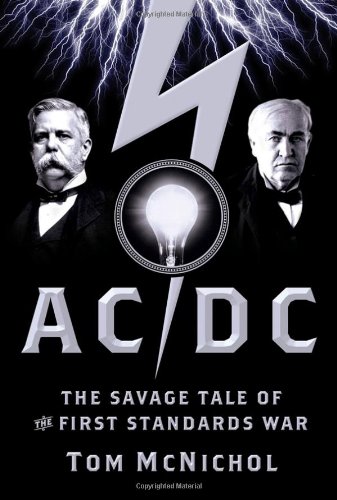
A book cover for AC/DC: The Savage Tale of the First Standards War; Tom McNichol; Business & Money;